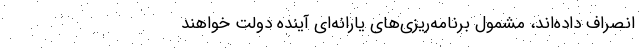
انصراف داده‌اند، مشمول برنامه‌ریزی‌های یارانه‌ای آینده دولت خواهند